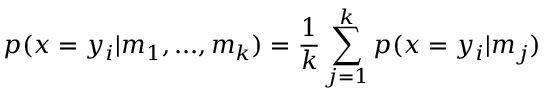
p ( x = y _ { i } | m _ { 1 } , . . . , m _ { k } ) = \frac { 1 } { k } \sum _ { j = 1 } ^ { k } p ( x = y _ { i } | m _ { j } )